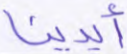
أيدينا